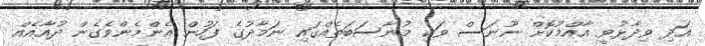
އަދި ވިދާޅުވީ އާއްމުކޮށް ނޫނަސް ވަކި މުނާސަބަތެއްގައި ނަމާދުގެ ފަހުން އެންމެންވެގެން ދުއާއެއް